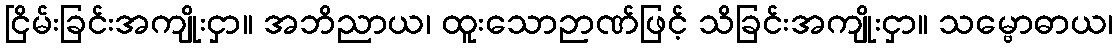
ငြိမ်းခြင်းအကျိုးငှာ။ အဘိညာယ၊ ထူးသောဉာဏ်ဖြင့် သိခြင်းအကျိုးငှာ။ သမ္ဗောဓာယ၊